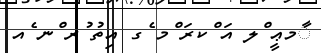
ާމޢީ ްލ އަ ްކރަ ްމ ެގ އިތު ުރ ްނ ެއ